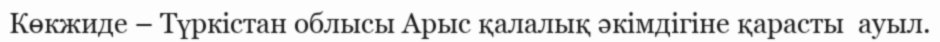
Көкжиде – Түркістан облысы Арыс қалалық әкімдігіне қарасты  ауыл.